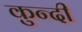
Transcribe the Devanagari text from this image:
कुन्दी